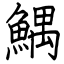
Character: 鰅